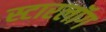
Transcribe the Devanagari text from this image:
स्टारलॉग